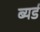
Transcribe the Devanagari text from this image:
ब्यर्ड